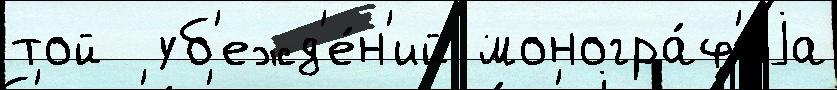
той  уб'ежд'е́н'ий моногра́ф'иjа